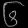
Digit: ၆